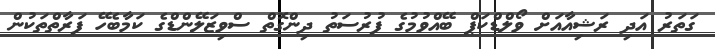
ގަތަރު އަދި ރަޝިއާއަށް ވޯލްޑްކަޕް ބޭއްވުމުގެ ފުރުސަތު ދިންގޮތް ސްވިޒަލޭންޑްގެ ކަމާބެހޭ ފަރާތްތަކުން